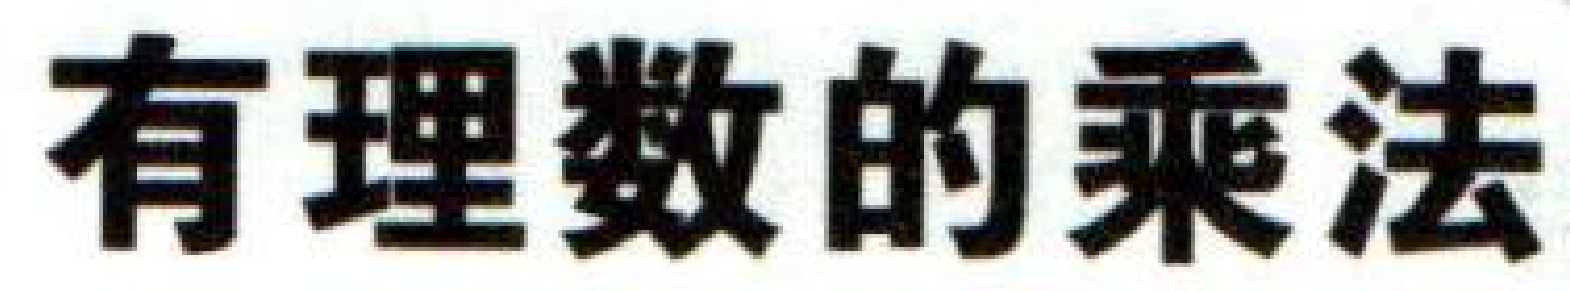
有理数的乘法